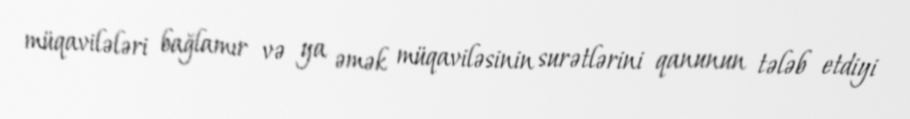
müqavilələri bağlamır və ya əmək müqaviləsinin surətlərini qanunun tələb etdiyi